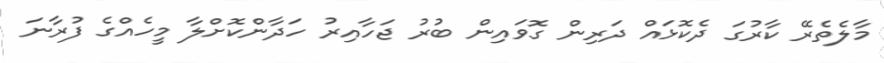
މާލެތެރޭ ކާރުގަ ދެކޮޅައް ދަރިން ގޮވައިން ބުރު ޖަހާއިރު ހަދާންކޮށްލާ މީހެއްގެ ފުރާނަ